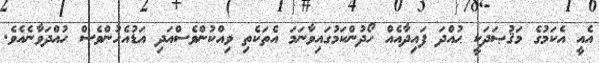
އެއީ އެކަމުގެ މަޤުޞަދަކީ ޙުއްދަ ފައިދާއެއް ހޯދުންކަމުގައިވާނަމަ އެތަކެތި ވިއްކުންވެސްއަދި އަޑުއެހުންވެސް ހުއްދަވާނެއެވެ.